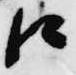
口